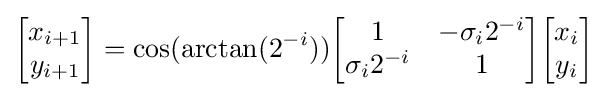
{\begin{bmatrix}x_{i+1}\\y_{i+1}\end{bmatrix}}=\cos(\arctan(2^{-i})){\begin{bmatrix}1&-\sigma _{i}2^{-i}\\\sigma _{i}2^{-i}&1\end{bmatrix}}{\begin{bmatrix}x_{i}\\y_{i}\end{bmatrix}}